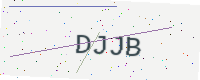
Text: DJJB